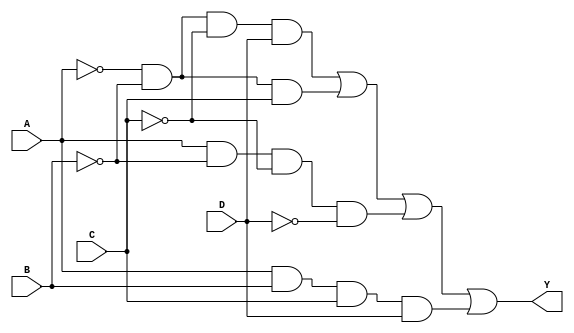
module sop_simplification (
    input wire A,  // Input variable A
    input wire B,  // Input variable B
    input wire C,  // Input variable C
    input wire D,  // Input variable D
    output wire Y  // Output Y representing the SOP expression
);

// Intermediate signals for product terms
wire term1, term2, term3, term4;

// Product term calculations
assign term1 = ~A & ~B & ~C & D;  // A'B'C'D
assign term2 = ~A & ~B & C;       // A'B'C
assign term3 = A & ~B & ~C & ~D;  // AB'C'D'
assign term4 = A & B & C & D;     // ABCD

// Final output logic for the SOP expression
assign Y = term1 | term2 | term3 | term4;  // Combine product terms with OR

endmodule